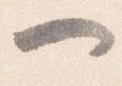
一